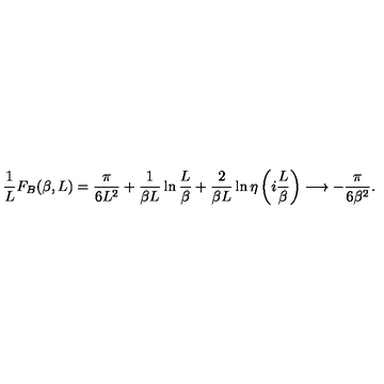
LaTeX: \frac { 1 } { L } F _ { B } ( \beta , L ) = \frac { \pi } { 6 L ^ { 2 } } + \frac { 1 } { \beta L } \ln { \frac { L } { \beta } } + \frac { 2 } { \beta L } \ln { \eta \left( i \frac { L } { \beta } \right) } \longrightarrow - \frac { \pi } { 6 \beta ^ { 2 } } .